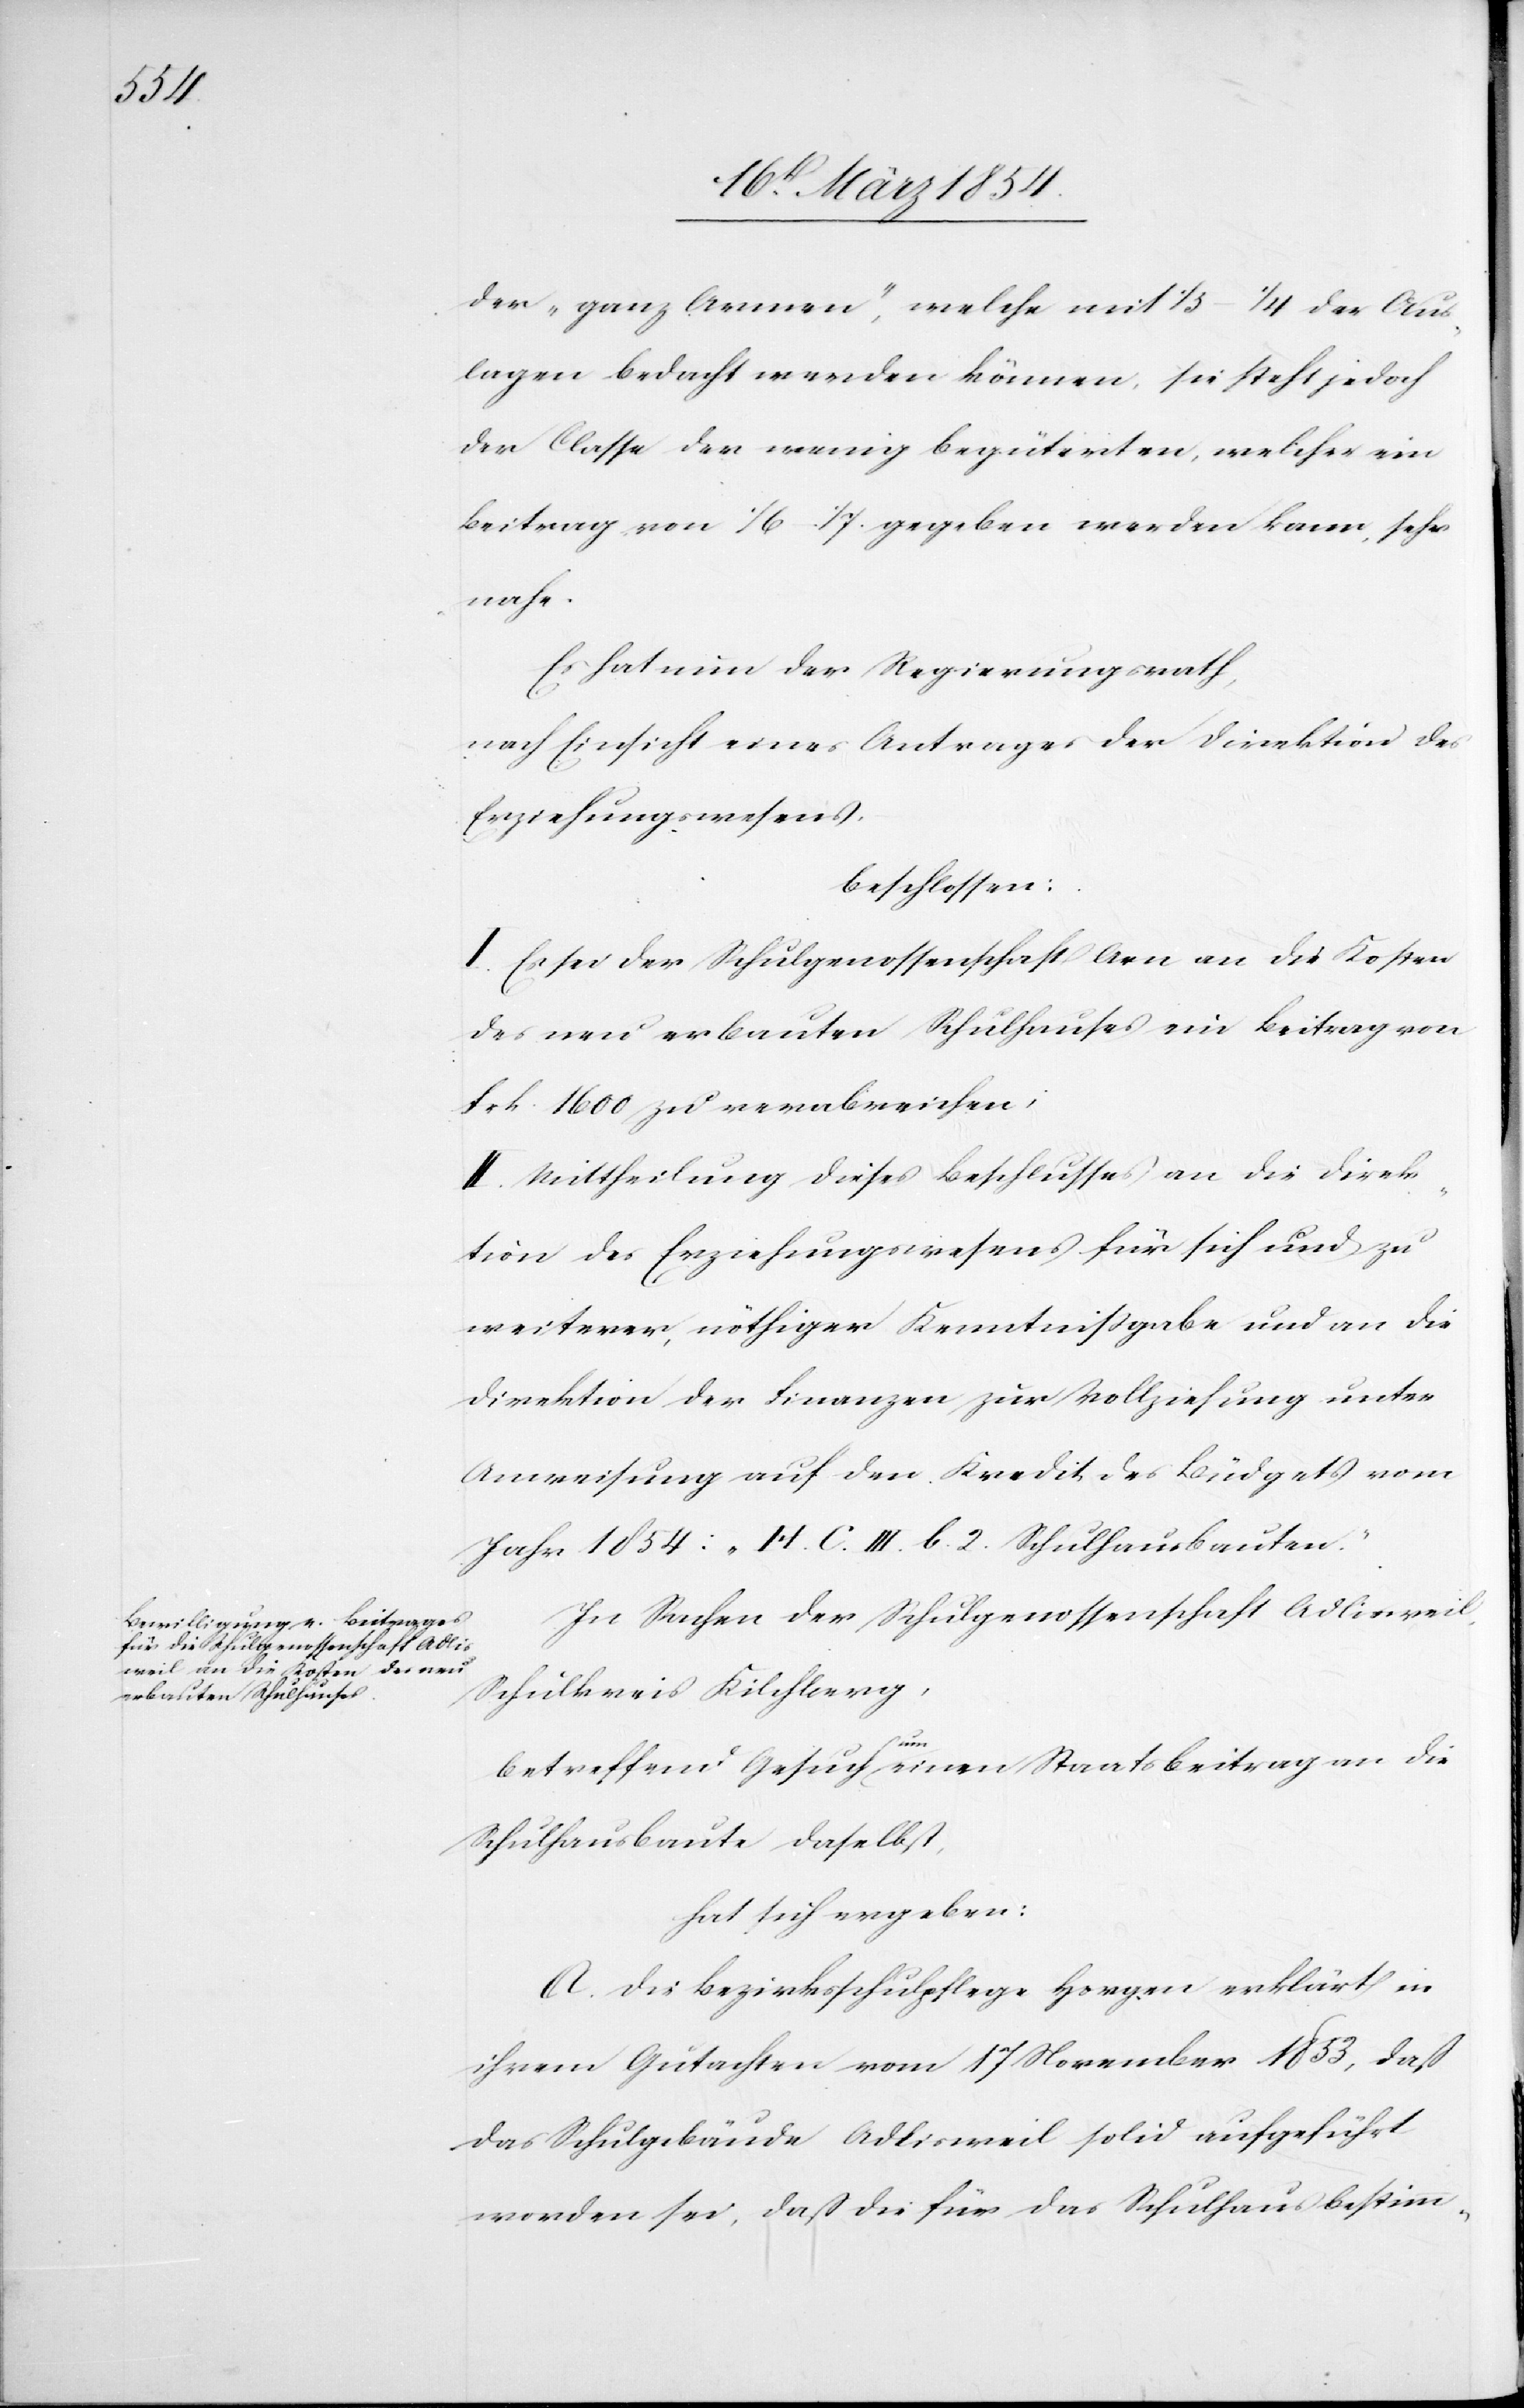
der „ganz Armen“, welche mit 1/3–1/4 der Aus¬
lagen bedacht werden können, sie steht jedoch
der Classe der wenig begüterten, welcher ein
Beitrag von 1/6–1/7 gegeben werden kann, sehr
nahe.
Es hat nun der Regierungsrath,
nach Einsicht eines Antrages der Direktion des
Erziehungswesens,
beschlossen:
I. Es sei der Schulgenossenschaft Arn an die Kosten
des neu erbauten Schulhauses ein Beitrag von
Frk. 1600 zu verabreichen;
II. Mittheilung dieses Beschlusses an die Direk¬
tion des Erziehungswesens für sich und zu
weiterer, nöthiger Kenntnißgabe und an die
Direktion der Finanzen zur Vollziehung unter
Anweisung auf den Kredit des Büdgets vom
Jahr 1854: „14. C. III. b. 2. Schulhausbauten.“.
In Sachen der Schulgenossenschaft Adlisweil,
Schulkreis Kilchberg,
betreffend Gesuch a-um-a einen Staatsbeitrag an die
Schulhausbaute daselbst,
hat sich ergeben:
A. Die Bezirksschulpflege Horgen erklärt in
ihrem Gutachten vom 17 November 1853, daß
das Schulgebäude Adlisweil solid ausgeführt
worden sei, daß die für das Schulhaus bestimm-